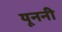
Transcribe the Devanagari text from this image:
यूननी